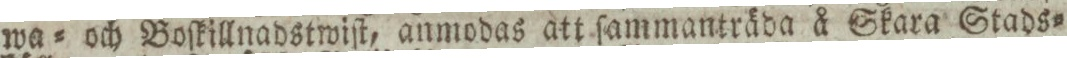
wa= och Boſkillnadstwiſt, anmodas att ſammanträda å Skara Stads=